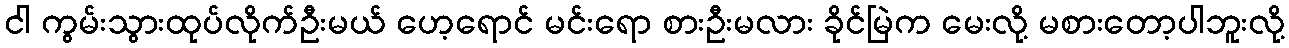
ငါ ကွမ်းသွားထုပ်လိုက်ဦးမယ် ဟေ့ရောင် မင်းရော စားဦးမလား ခိုင်မြဲက မေးလို့ မစားတော့ပါဘူးလို့